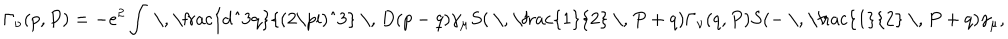
\Gamma _ { \nu } ( p , P ) = - e ^ { 2 } \int \mathrm { ~ \, ~ \frac { d ^ { 3 } q } { ( 2 \ p i ) ^ { 3 } } ~ \, ~ } D ( p - q ) \gamma _ { \mu } S ( \mathrm { ~ \, ~ \frac { 1 } { 2 } ~ \, ~ } P + q ) \Gamma _ { \nu } ( q , P ) S ( - \mathrm { ~ \, ~ \frac { 1 } { 2 } ~ \, ~ } P + q ) \gamma _ { \mu } ,